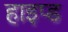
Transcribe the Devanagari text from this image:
हाइप्ड